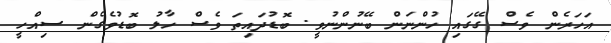
އަހަރެން ވެސް ގޭގައި ހުންނަން ބޭނުންނުވީ. ބޮޑުދައިތަ ވެސް ހާލު ބޮޑުވެގެން ސިއްހީ